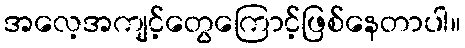
အလေ့အကျင့်တွေကြောင့်ဖြစ်နေတာပါ။